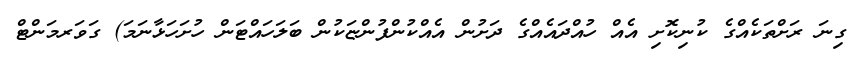
ގިނަ ރަށްތަކެއްގެ ކުނިކޮށި އެއް ހުއްދައެއްގެ ދަށުން އެއްކުންފުންޏަކުން ބަލަހައްޓަން ހުށަހަޅާނަމަ) ގަވަރމަންޓް